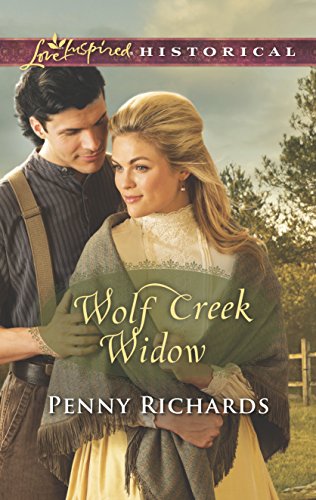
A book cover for Wolf Creek Widow (Love Inspired Historical); Penny Richards; Romance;